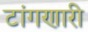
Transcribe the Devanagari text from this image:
टांगणारी